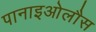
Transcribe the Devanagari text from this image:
पानाइओलौस